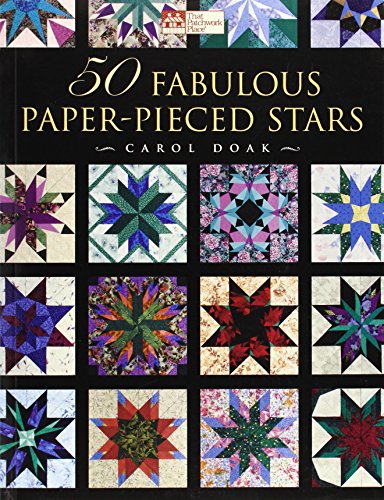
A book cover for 50 Fabulous Paper-Pieced Stars: CD included; Carol Doak; Crafts, Hobbies & Home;